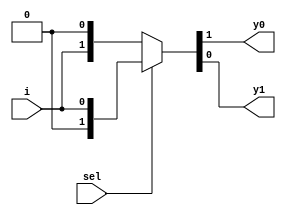
`timescale 1ns / 1ps

module demux_2_1(
  input sel,
  input i,
  output y0, y1
  );
  
  assign {y0,y1} = sel?{1'b0,i}: {i,1'b0};

endmodule

module dmux_1_8(
    input [2:0]sel,
    input  i,
    output y0, y1, y2, y3, y4, y5, y6, y7
    );
    
    wire [5:0]z;
    
    demux_2_1 d1(sel[2], i, z[0], z[1]);

    demux_2_1 d2(sel[1], z[0], z[2], z[3]);
    demux_2_1 d3(sel[1], z[1], z[4], z[5]);

    demux_2_1 d4(sel[0], z[2], y0, y1);
    demux_2_1 d5(sel[0], z[3], y2, y3);
    demux_2_1 d6(sel[0], z[4], y4, y5);  
    demux_2_1 d7(sel[0], z[5], y6, y7);
endmodule